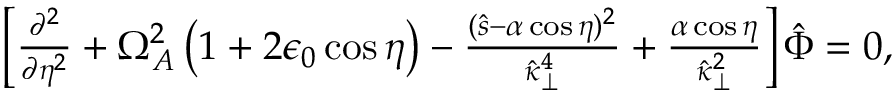
\begin{array} { r } { \left[ \frac { \partial ^ { 2 } } { \partial \eta ^ { 2 } } + \Omega _ { A } ^ { 2 } \left( 1 + 2 \epsilon _ { 0 } \cos \eta \right) - \frac { ( \hat { s } - \alpha \cos \eta ) ^ { 2 } } { \hat { \kappa } _ { \perp } ^ { 4 } } + \frac { \alpha \cos \eta } { \hat { \kappa } _ { \perp } ^ { 2 } } \right] \hat { \Phi } = 0 , } \end{array}